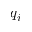
q _ { i }